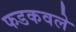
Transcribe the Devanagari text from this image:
फडकवले